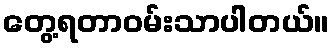
တွေ့ရတာဝမ်းသာပါတယ်။